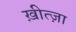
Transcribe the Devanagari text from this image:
ख़ीत्ज़ा